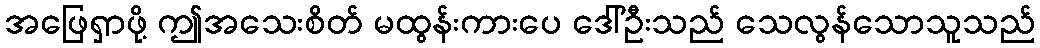
အဖြေရှာဖို့ ဤအသေးစိတ် မထွန်းကားပေ ဒေါ်ဦးသည် သေလွန်သောသူသည်